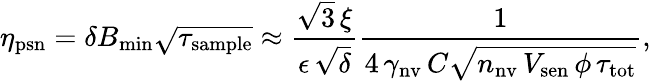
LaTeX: \eta_{\mathrm{psn}}=\delta B_{\mathrm{min}}\sqrt{\tau_{\mathrm{sample}}}\approx\frac{\sqrt{3}\, \xi}{\epsilon\, \sqrt{\delta}}\frac{1}{4\, \gamma_{\mathrm{nv}}\, C\sqrt{n_{\mathrm{nv}}\, V_{\mathrm{sen}}\, \phi\, \tau_{\mathrm{tot}}}},